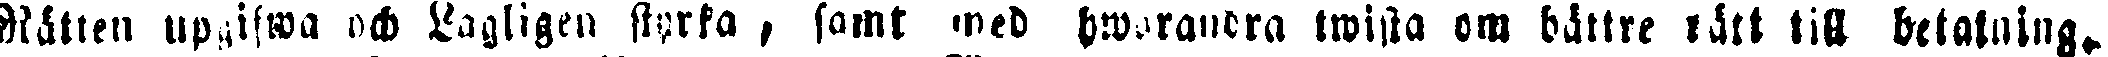
Rätten upgifwa och Lagligen styrka, samt med hwarandra twista om bättre rätt till betalning.